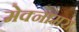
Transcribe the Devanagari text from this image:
मेक्नामरा